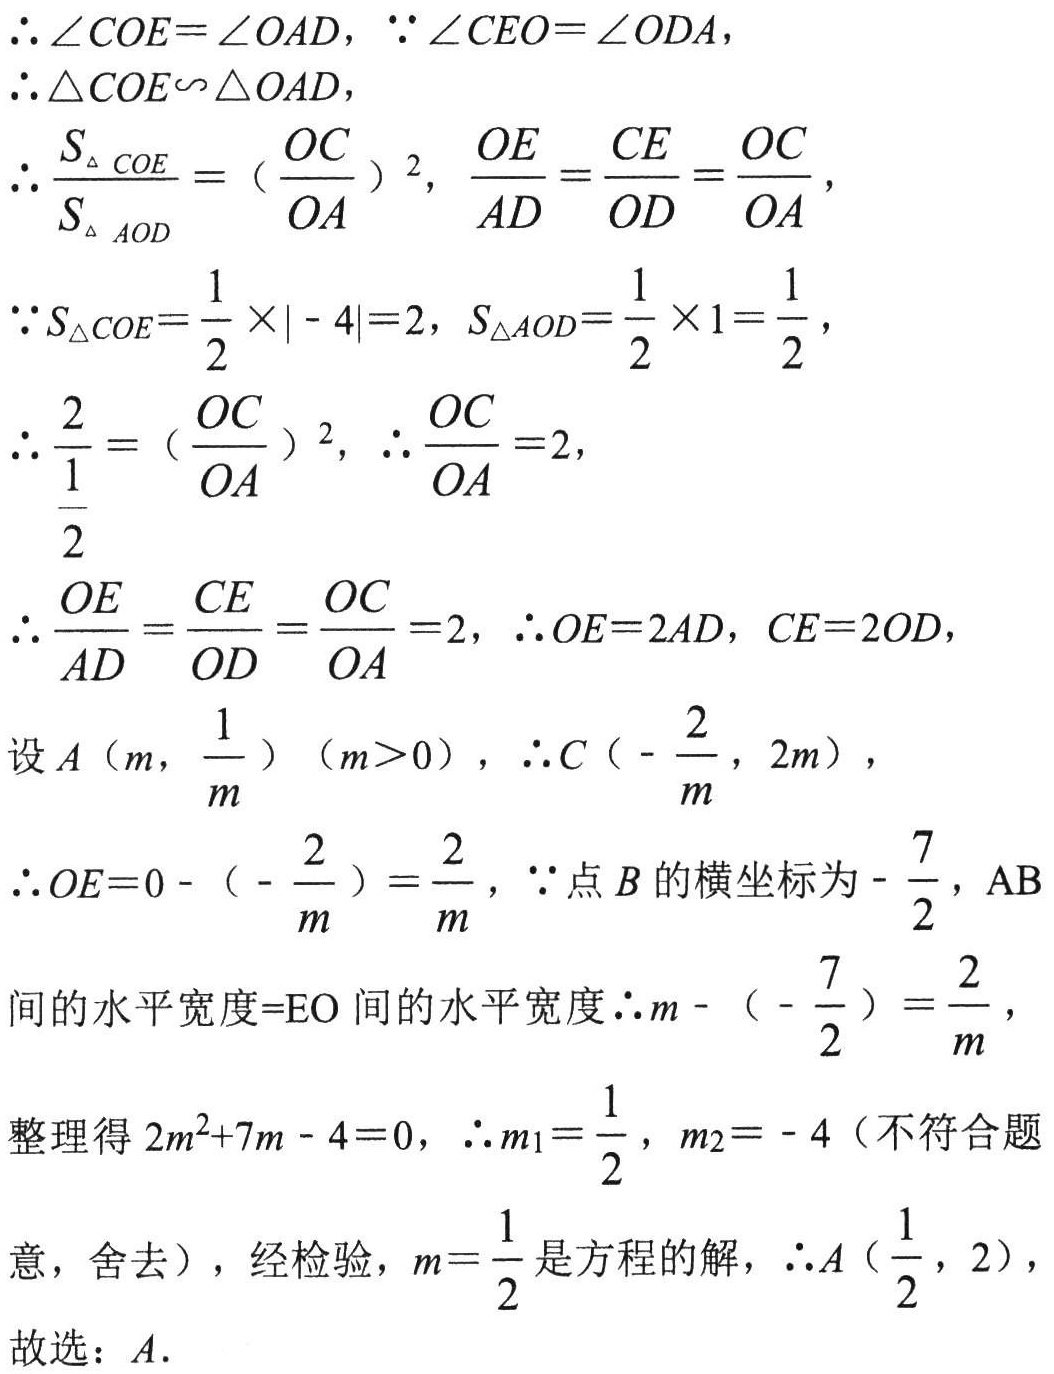
\(\therefore \angle COE = \angle OAD, \because \angle CEO=\angle ODA,\)

\(\therefore \triangle COE\sim\triangle OAD,\)

\(\therefore \frac{S_{\triangle COE}}{S_{\triangle AOD}} = (\frac{OC}{OA})^2, \frac{OE}{AD}=\frac{CE}{OD}=\frac{OC}{OA},\)

\(\because S_{\triangle COE}=\frac{1}{2}\times|-4| = 2, S_{\triangle AOD}=\frac{1}{2}\times1=\frac{1}{2},\)

\(\therefore \frac{2}{\frac{1}{2}} = (\frac{OC}{OA})^2, \therefore \frac{OC}{OA}=2,\)

\(\therefore \frac{OE}{AD}=\frac{CE}{OD}=\frac{OC}{OA}=2, \therefore OE = 2AD, CE = 2OD,\)

设\(A(m,\frac{1}{m})(m > 0), \therefore C(-\frac{2}{m},2m),\)

\(\therefore OE = 0-(-\frac{2}{m})=\frac{2}{m}, \because\)点\(B\)的横坐标为\(-\frac{7}{2},\text{AB}\)

间的水平宽度\(=\text{EO}\)间的水平宽度\(\therefore m-(-\frac{7}{2})=\frac{2}{m},\)

整理得\(2m^{2}+7m - 4 = 0, \therefore m_{1}=\frac{1}{2}, m_{2}=-4\)（不符合题

意，舍去），经检验，\(m = \frac{1}{2}\)是方程的解，\(\therefore A(\frac{1}{2},2),\)

故选：\(A\).